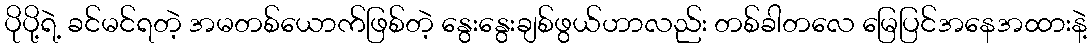
ပိုပို့ရဲ့ ခင်မင်ရတဲ့ အမတစ်ယောက်ဖြစ်တဲ့ နွေးနွေးချစ်ဖွယ်ဟာလည်း တစ်ခါတလေ မြေပြင်အနေအထားနဲ့